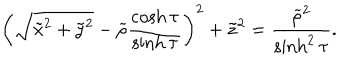
\left( \sqrt { \tilde { x } ^ { 2 } + \tilde { y } ^ { 2 } } - \widetilde { \rho } \frac { \cosh \tau } { \sinh \tau } \right) ^ { 2 } + \tilde { z } ^ { 2 } = \frac { \widetilde { \rho } ^ { 2 } } { \sinh ^ { 2 } \tau } .